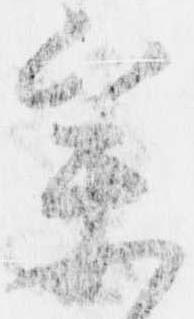
参